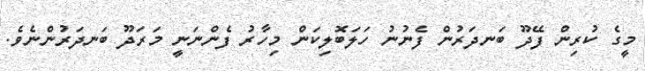
މީގެ ކުރިން ފޭދޫ ބަނދަރުން ފެނުނު ހަލަބޮލިކަން މިހާރު ފެންނަނީ މަރަދޫ ބަނދަރުންނެވެ.